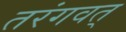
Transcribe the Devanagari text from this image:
तरंगवत्